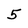
Character: 5